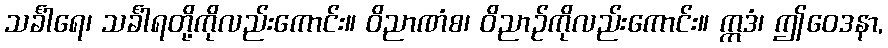
သင်္ခါရေ၊ သင်္ခါရတို့ကိုလည်းကောင်း။ ဝိညာဏံစ၊ ဝိညာဉ်ကိုလည်းကောင်း။ ဣဒံ၊ ဤဝေဒနာ,